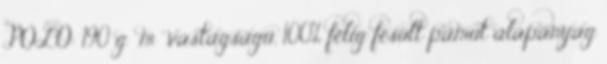
PÓLÓ: 190 g m² vastagságú, 100% félig fésült pamut alapanyag